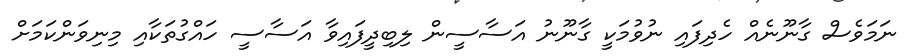
ނަމަވެސް ގާނޫނެއް ހެދިފައި ނުވުމަކީ ގާނޫނު އަސާސީން ލިބިދީފައިވާ އަސާސީ ހައްގުތަކާއި މިނިވަންކަމަށް